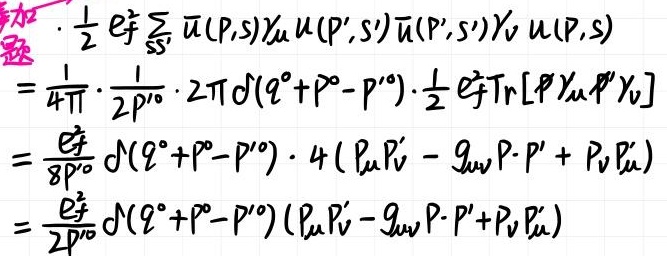
\[
\begin{align*}
&\frac{1}{2} e_{f}^{2} \sum_{S S^{\prime}} \bar{u}(p, s) \gamma_{\mu} u\left(p^{\prime}, s^{\prime}\right) \bar{u}\left(p^{\prime}, s^{\prime}\right) \gamma_{\nu} u(p, s)\\
=&\frac{1}{4 \pi} \cdot \frac{1}{2 p^{0}} \cdot 2 \pi \delta\left(q^{0}+p^{0}-p^{\prime 0}\right) \cdot \frac{1}{2} e_{f}^{2} \operatorname{Tr}\left[\not p \gamma_{\mu} \not p^{\prime} \gamma_{\nu}\right]\\
=&\frac{e_{f}^{2}}{8 p^{0}} \delta\left(q^{0}+p^{0}-p^{\prime 0}\right) \cdot 4\left(p_{\mu} p_{\nu}^{\prime}-g_{\mu \nu} p \cdot p^{\prime}+p_{\nu} p_{\mu}^{\prime}\right)\\
=&\frac{e_{f}^{2}}{2 p^{0}} \delta\left(q^{0}+p^{0}-p^{\prime 0}\right)\left(p_{\mu} p_{\nu}^{\prime}-g_{\mu \nu} p \cdot p^{\prime}+p_{\nu} p_{\mu}^{\prime}\right)
\end{align*}
\]